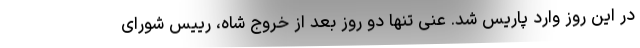
در این روز وارد پاریس شد. عنی تنها دو روز بعد از خروج شاه، رییس شورای